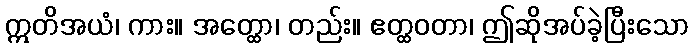
ဣတိအယံ၊ ကား။ အတ္ထော၊ တည်း။ ဧတ္ထဝတာ၊ ဤဆိုအပ်ခဲ့ပြီးသော